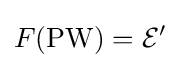
F(\operatorname {PW} )={\mathcal {E}}'